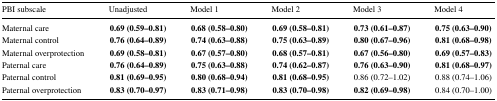
<table><thead><tr><td><b>PBI subscale</b></td><td><b>Unadjusted</b></td><td><b>Model 1</b></td><td><b>Model 2</b></td><td><b>Model 3</b></td><td><b>Model 4</b></td></tr></thead><tbody><tr><td>Maternal care</td><td><b>0.69 (0.59–0.81)</b></td><td><b>0.68 (0.58–0.80)</b></td><td><b>0.69 (0.58–0.81)</b></td><td><b>0.73 (0.61–0.87)</b></td><td><b>0.75 (0.63–0.90)</b></td></tr><tr><td>Maternal control</td><td><b>0.76 (0.64–0.89)</b></td><td><b>0.74 (0.63–0.88)</b></td><td><b>0.75 (0.63–0.89)</b></td><td><b>0.80 (0.67–0.96)</b></td><td><b>0.81 (0.68–0.98)</b></td></tr><tr><td>Maternal overprotection</td><td><b>0.69 (0.58–0.81)</b></td><td><b>0.67 (0.57–0.80)</b></td><td><b>0.68 (0.57–0.81)</b></td><td><b>0.67 (0.56–0.80)</b></td><td><b>0.69 (0.57–0.83)</b></td></tr><tr><td>Paternal care</td><td><b>0.76 (0.64–0.89)</b></td><td><b>0.75 (0.63–0.88)</b></td><td><b>0.74 (0.62–0.87)</b></td><td><b>0.76 (0.63–0.90)</b></td><td><b>0.81 (0.68–0.97)</b></td></tr><tr><td>Paternal control</td><td><b>0.81 (0.69–0.95)</b></td><td><b>0.80 (0.68–0.94)</b></td><td><b>0.81 (0.68–0.95)</b></td><td>0.86 (0.72–1.02)</td><td>0.88 (0.74–1.06)</td></tr><tr><td>Paternal overprotection</td><td><b>0.83 (0.70–0.97)</b></td><td><b>0.83 (0.71–0.98)</b></td><td><b>0.83 (0.70–0.98)</b></td><td><b>0.82 (0.69–0.98)</b></td><td>0.84 (0.70–1.00)</td></tr></tbody></table>